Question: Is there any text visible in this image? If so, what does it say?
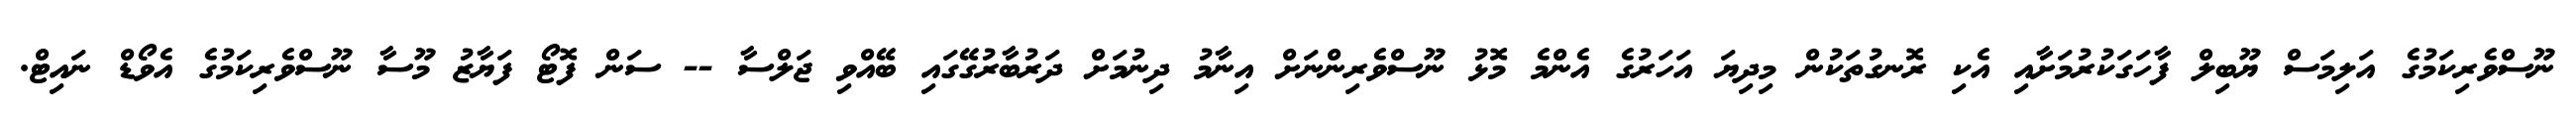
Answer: ނޫސްވެރިކަމުގެ އަލިމަސް ޔޫބިލް ފާހަގަކުރުމަށާއި އެކި ރޮނގުތަކުން މިދިޔަ އަހަރުގެ އެންމެ މޮޅު ނޫސްވެރިންނަށް އިނާމު ދިނުމަށް ދަރުބާރުގޭގައި ބޭއްވި ޖަލްސާ -- ސަން ފޮޓޯ ފަޔާޒު މޫސާ ނޫސްވެރިކަމުގެ އެވޯޑް ނައިޓް.